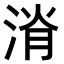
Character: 𣷩